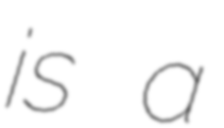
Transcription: is a